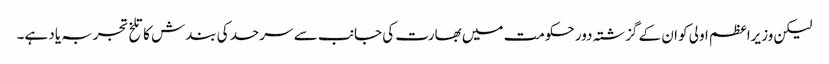
لیکن وزیراعظم اولی کو ان کے گزشتہ دور حکومت میں بھارت کی جانب سے سرحد کی بندش کا تلخ تجربہ یاد ہے۔